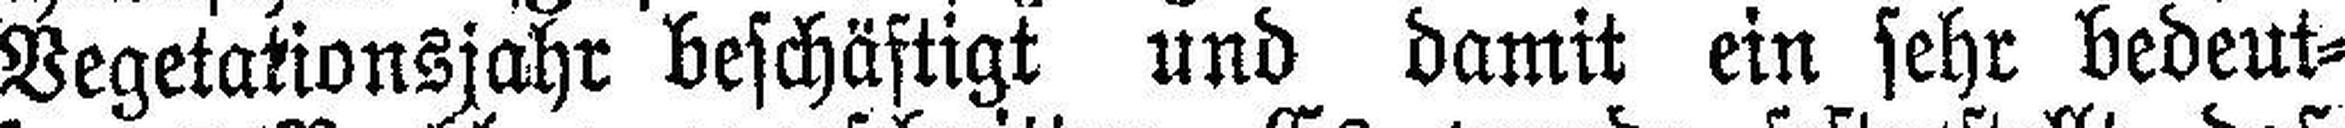
Vegetationsjahr beschäftigt und damit ein sehr bedeut¬